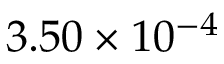
3 . 5 0 \times 1 0 ^ { - 4 }